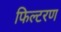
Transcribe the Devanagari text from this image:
फिल्टरण